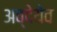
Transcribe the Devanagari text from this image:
अव्देयेव